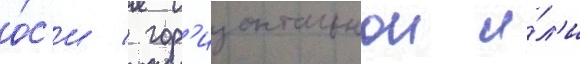
о́с'и / гор'изонтальнои и́л'и